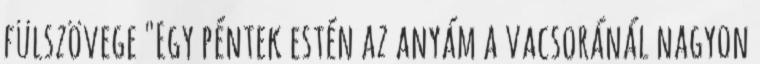
fülszövege "Egy péntek estén az anyám a vacsoránál nagyon